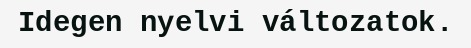
Idegen nyelvi változatok.